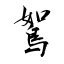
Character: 鴽